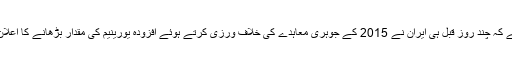
خیال رہے کہ چند روز قبل ہی ایران نے 2015 کے جوہری معاہدے کی خلاف ورزی کرتے ہوئے افزودہ یورینیم کی مقدار بڑھانے کا اعلان کیا ہے۔